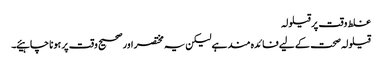
غلط وقت پر قیلولہ
قیلولہ صحت کے لیے فائدہ مند ہے لیکن یہ مختصر اور صحیح وقت پر ہونا چاہیئے۔